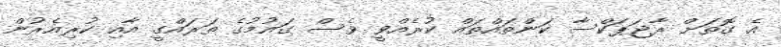
އެ ގޮތަށް ރާޖަޕަކްސާ ކަންތައްތައް ކުރެއްވީ ވެސް ގައުމުގެ ތަރައްގީ އާއި ކުރިއެރުން